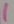
Text: 1